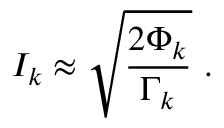
I _ { k } \approx \sqrt { \frac { 2 \Phi _ { k } } { \Gamma _ { k } } } \ .